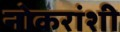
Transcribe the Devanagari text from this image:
नोकरांशी